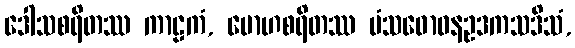
ဒေါသစရိတဿ ကာဠကံ, မောဟစရိတဿ မံသဓောဝနဥဒကသဒိသံ,